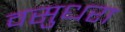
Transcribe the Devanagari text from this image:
वसुधरा